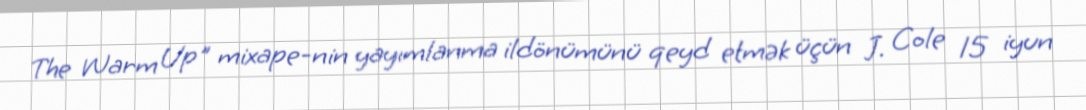
The Warm Up" mixape-nin yayımlanma ildönümünü qeyd etmək üçün J. Cole 15 iyun